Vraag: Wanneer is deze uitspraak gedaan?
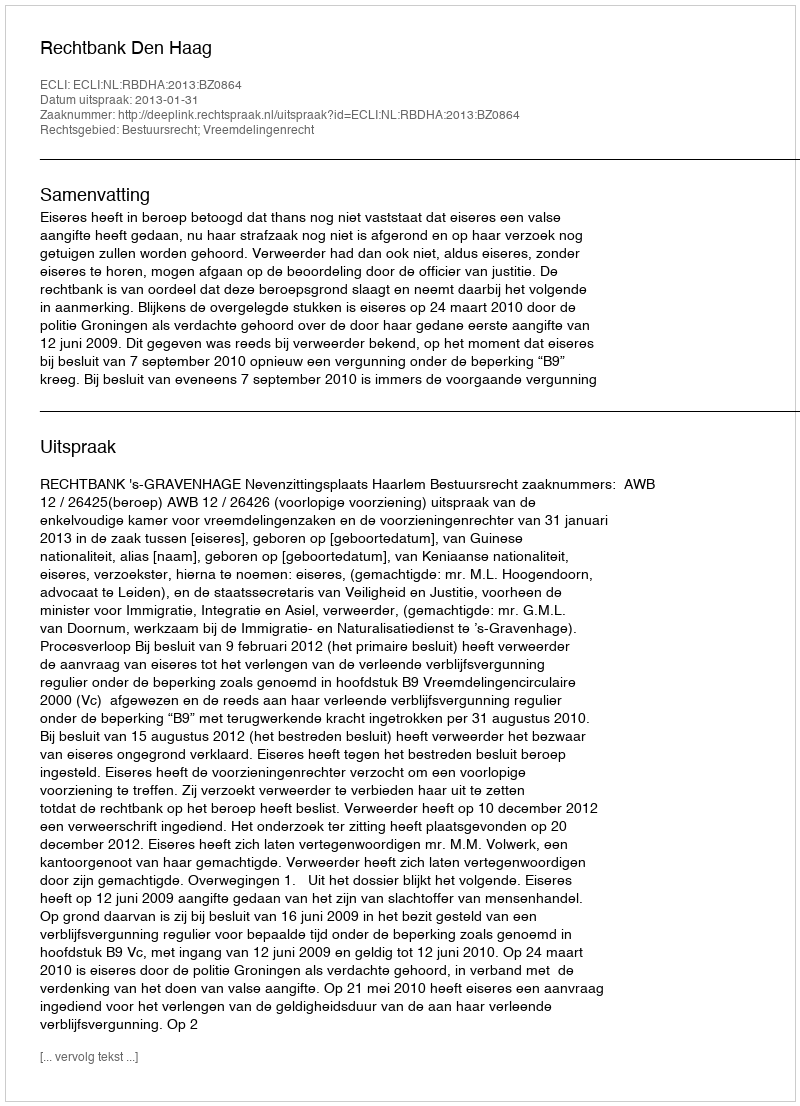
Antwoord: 2013-01-31